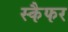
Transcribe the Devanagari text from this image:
स्कैफर